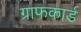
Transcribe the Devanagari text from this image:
ग्राफकार्ड